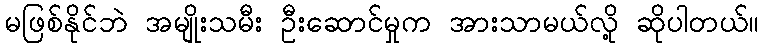
မဖြစ်နိုင်ဘဲ အမျိုးသမီး ဦးဆောင်မှုက အားသာမယ်လို့ ဆိုပါတယ်။